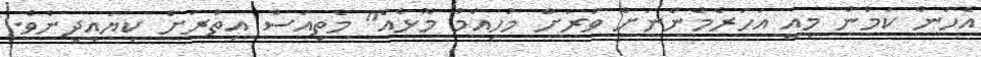
އެހެން ކަމުން މިއީ އަހަރެމެންނަށް ވަރަށް މުހިއްމު މޮޅެއް" މެތިއަސް އިތުރަށް ކިޔައިދިނެވެ.